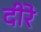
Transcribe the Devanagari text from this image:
दीरे